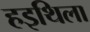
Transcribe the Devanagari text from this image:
हइथिला